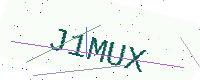
Text: J1MUX